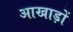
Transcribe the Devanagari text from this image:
आखाड़ों